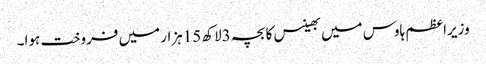
وزیراعظم ہاوس میں بھینس کا بچہ 3لاکھ 15ہزار میں فروخت ہوا۔